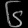
Digit: ၆